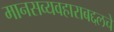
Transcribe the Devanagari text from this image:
मानसव्यवहाराबद्दलचे